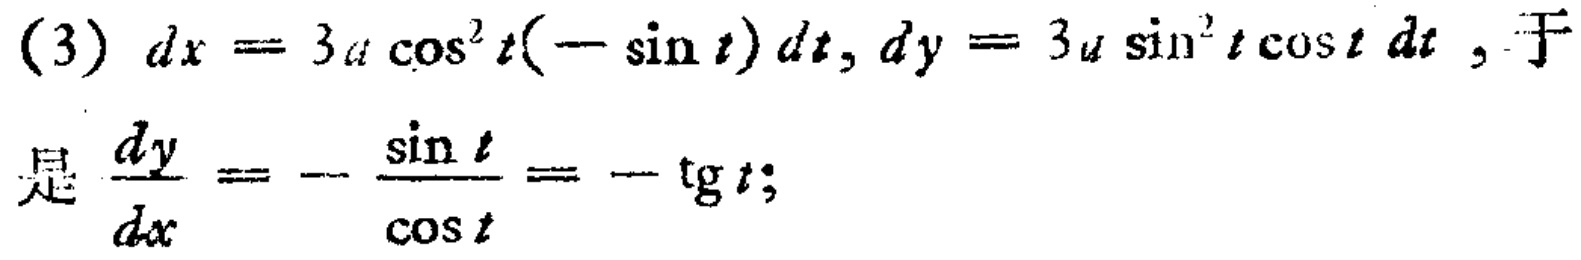
(3) \(dx = 3a\cos^{2}t(-\sin t)dt, dy = 3a\sin^{2}t\cos tdt\)，于是\(\frac{dy}{dx}=-\frac{\sin t}{\cos t}=-\text{tg }t\)；